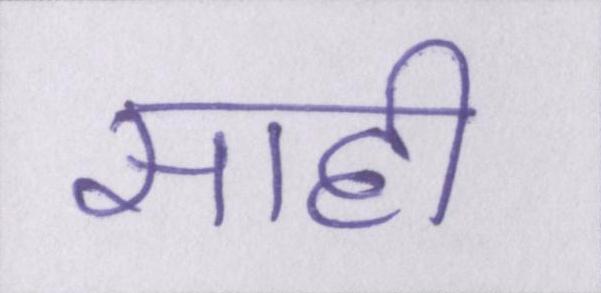
साही